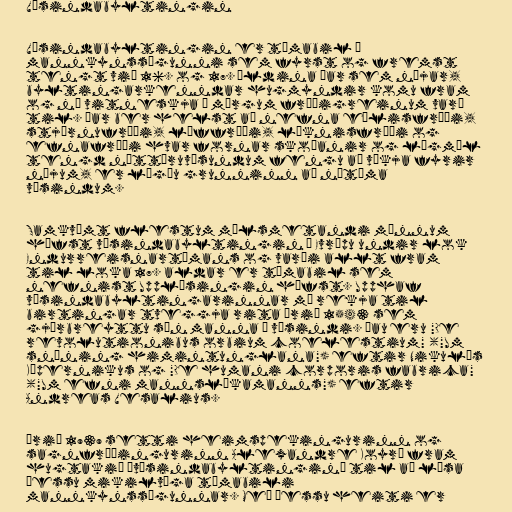
Vísindabyltingin

Vísindabyltingin er tímabil í
mannkynssögunni sem fyrst og fremst
tengt við 16. og 17. öldina þar sem nýjar,
byltingarkenndar hugmyndir komu fram
og ný vitneskja í mörgum fræðigreinum varð
til. Þar ber helst að nefna eðlisfræði,
stjörnufræði, líffræði, læknisfræði og
efnafræði hvar fornar skoðanir og lögmál
tengd náttúruvísundum fengu að víkja fyrir
nýjum, er lögðu grunninn að nútíma
vísindum.

Samkvæmt flestum málsmetandi mönnum
hófst vísindabyltingin í Evrópu undir lok
Endurreisnartímans og varði allt fram
til loka 17. aldar er tímabil sem
nefnist Upplýsingin hófst. Upphaf
vísindabyltingarinnar má rekja til
birtingar tveggja rita árið 1543 sem
gjörbreyttu sýn manna á vísindi. Þau eru "De
revolutionibus orbium coelestium" ("Um
snúning himintunglana") eftir Nikulás
Kópernikus og "De humani corporis fabrica"
("Um efni mannslíkamanns") eftir
Andreas Vesalius.

Árið 1939 setti heimspekingurinn og
sagnfræðingurinn Alexandre Koyré fram
hugtakið „vísindabyltingin“ til að lýsa
þessu mikilvæga tímabili
mannkynssögunnar. Með þessu heiti er